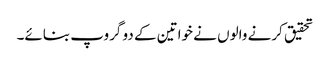
تحقیق کرنے والوں نے خواتین کے دو گروپ بنائے۔